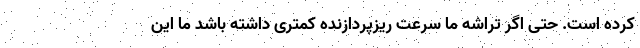
کرده است. حتی اگر تراشه ما سرعت ریزپردازنده کمتری داشته باشد ما این